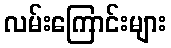
လမ်းကြောင်းများ